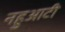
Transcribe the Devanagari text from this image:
नहुआटी